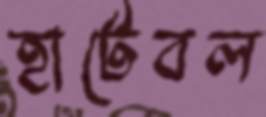
হার্টেবল